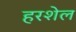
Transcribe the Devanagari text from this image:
हरशेल